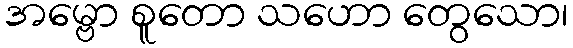
အမ္ဗော စူတော သဟော တွေသော၊